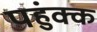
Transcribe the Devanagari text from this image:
पहुंक्क